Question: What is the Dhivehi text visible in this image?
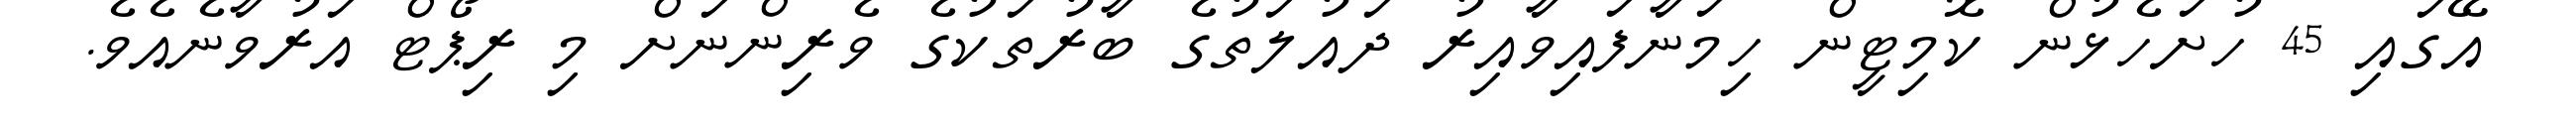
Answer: އޭގައި 45 ހުށަހެޅުން ކޮމިޓީން ހިމަނާފައިވާއިރު ދައުލަތުގެ ބާރުތަކުގެ ވެރިންނަށް މި ރިޕޯޓް އަރުވާނެއެވެ.